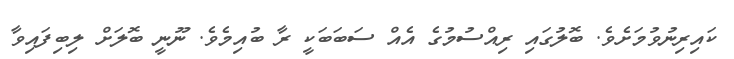
ކައިރިނުވުމަށެވެ. ބޮލުގައި ރިއްސުމުގެ އެއް ސަބަބަކީ ރާ ބުއިމެވެ. ނޫނީ ބޮލަށް ލިބިފައިވާ